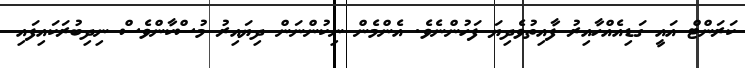
ކަރަންޓް އައީ ގަޑިއެއްހާއިރު ފާއިތުވެދިޔަ ފަހުންނެވެ. އެންމެން ނިކުންނަން ދިޔައިރު މުސްކާންވެސް ނިދިބުރަކައިފައި